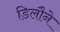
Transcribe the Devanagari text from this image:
डिलौने